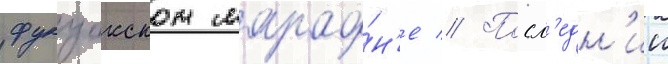
фукуокском марафо́н'е // Посл'едн'ии